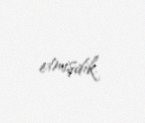
etmişdik.